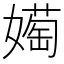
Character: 𫱰